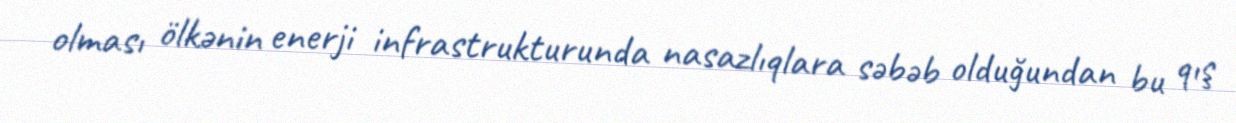
olması ölkənin enerji infrastrukturunda nasazlıqlara səbəb olduğundan bu qış